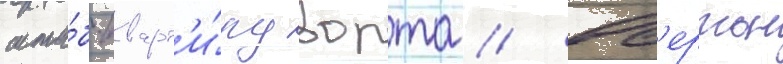
шта́б-кварт'и́ру ворта // Ов'ертон